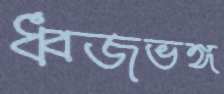
ধ্বজভঙ্গ